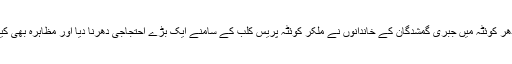
ادھر کوئٹہ میں جبری گمشدگان کے خاندانوں نے ملکر کوئٹہ پریس کلب کے سامنے ایک بڑے احتجاجی دھرنا دیا اور مظاہرہ بھی کیا۔